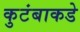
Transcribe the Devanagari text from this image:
कुटंबाकडे